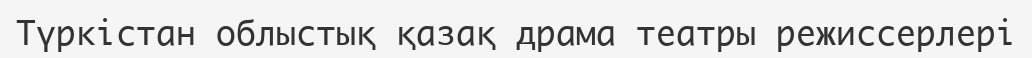
Түркістан облыстық қазақ драма театры режиссерлері